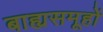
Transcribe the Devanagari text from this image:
बाह्यसमूहों